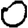
Digit: 0